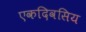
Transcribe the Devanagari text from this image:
एकदिवसिय